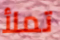
تملأ